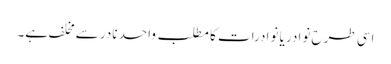
اسی طرح نوادر یا نوادرات کا مطلب واحد نادر سے مخلف ہے۔